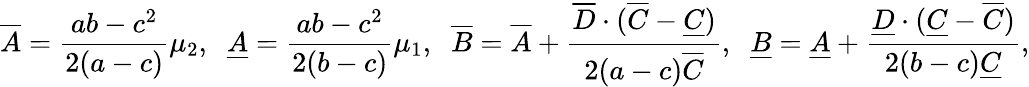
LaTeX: \overline{{A}}=\frac{ab-c^{2}}{2(a-c)}\mu_{2},\; \; \underline{{A}}=\frac{ab-c^{2}}{2(b-c)}\mu_{1},\; \; \overline{{B}}=\overline{{A}}+\frac{\overline{{D}}\cdot(\overline{{C}}-\underline{{C}})}{2(a-c)\overline{{C}}},\; \; \underline{{B}}=\underline{{A}}+\frac{\underline{{D}}\cdot(\underline{{C}}-\overline{{C}})}{2(b-c)\underline{{C}}},